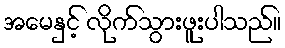
အမေနှင့် လိုက်သွားဖူးပါသည်။